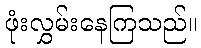
ဖုံးလွှမ်းနေကြသည်။